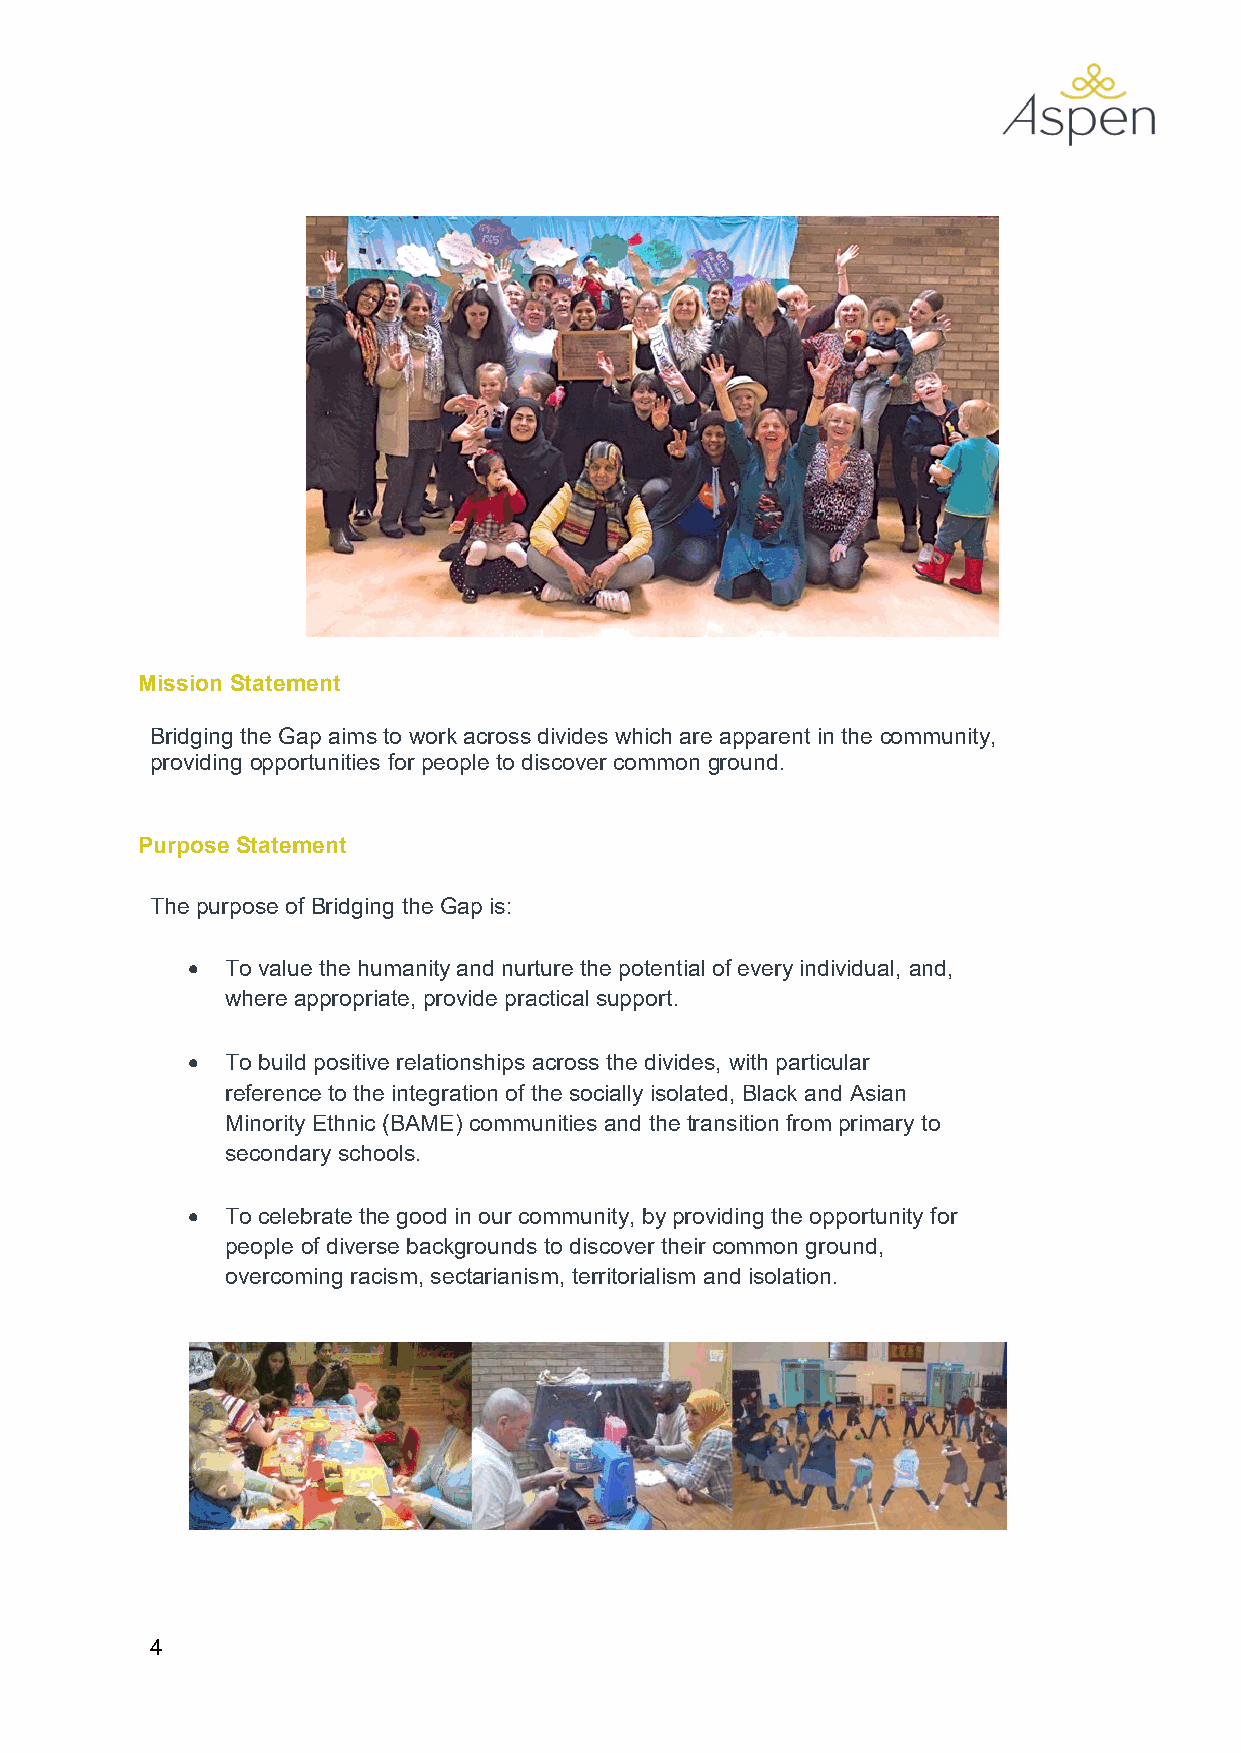
Mission Statement
 Bridging the Gap aims to work across divides which are apparent in the community,
 providing opportunities for people to discover common ground.
 Purpose Statement
 The purpose of Bridging the Gap is:
   To value the humanity and nurture the potential of every individual, and,
 where appropriate, provide practical support.
   To build positive relationships across the divides, with particular
 reference to the integration of the socially isolated, Black and Asian
 Minority Ethnic (BAME) communities and the transition from primary to
 secondary schools.
   To celebrate the good in our community, by providing the opportunity for
 people of diverse backgrounds to discover their common ground,
 overcoming racism, sectarianism, territorialism and isolation.
 4